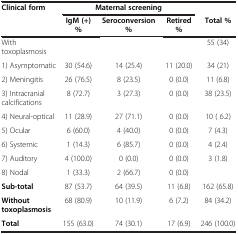
<table><thead><tr><td rowspan="2"><b>Clinical form</b></td><td colspan="3"><b>Maternal screening</b></td><td>[EMPTY_CELL]</td></tr><tr><td><b>IgM (+) %</b></td><td><b>Seroconversion %</b></td><td><b>Retired %</b></td><td><b>Total %</b></td></tr></thead><tbody><tr><td>With toxoplasmosis</td><td>[EMPTY_CELL]</td><td>[EMPTY_CELL]</td><td>[EMPTY_CELL]</td><td>55 (34)</td></tr><tr><td>1) Asymptomatic</td><td>30 (54.6)</td><td>14 (25.4)</td><td>11 (20.0)</td><td>34 (21)</td></tr><tr><td>2) Meningitis</td><td>26 (76.5)</td><td>8 (23.5)</td><td>0 (0.0)</td><td>11 (6.8)</td></tr><tr><td>3) Intracranial calcifications</td><td>8 (72.7)</td><td>3 (27.3)</td><td>0 (0.0)</td><td>38 (23.5)</td></tr><tr><td>4) Neural-optical</td><td>11 (28.9)</td><td>27 (71.1)</td><td>0 (0.0)</td><td>10 ( 6.2)</td></tr><tr><td>5) Ocular</td><td>6 (60.0)</td><td>4 (40.0)</td><td>0 (0.0)</td><td>7 (4.3)</td></tr><tr><td>6) Systemic</td><td>1 (14.3)</td><td>6 (85.7)</td><td>0 (0.0)</td><td>4 (2.4)</td></tr><tr><td>7) Auditory</td><td>4 (100.0)</td><td>0 (0.0)</td><td>0 (0.0)</td><td>3 (1.8)</td></tr><tr><td>8) Nodal</td><td>1 (33.3)</td><td>2 (66.7)</td><td>0 (0.0)</td><td>[EMPTY_CELL]</td></tr><tr><td><b>Sub-total</b></td><td>87 (53.7)</td><td>64 (39.5)</td><td>11 (6.8)</td><td>162 (65.8)</td></tr><tr><td><b>Without toxoplasmosis</b></td><td>68 (80.9)</td><td>10 (11.9)</td><td>6 (7.2)</td><td>84 (34.2)</td></tr><tr><td><b>Total</b></td><td>155 (63.0)</td><td>74 (30.1)</td><td>17 (6.9)</td><td>246 (100.0)</td></tr></tbody></table>